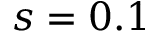
s = 0 . 1